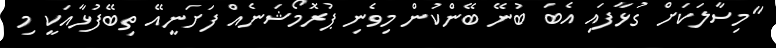
"މިސާލަކަށް ގުޅާފައި އެބަ ބުނޭ ބޭންކުން މިވެނި ޕުރޮމޯޝަނެއް ފަށަނީއޭ ތިބޭފުޅާއަކީ މި